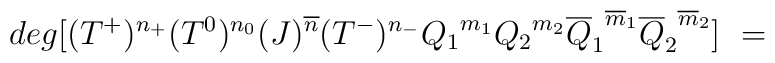
deg [(T^+)^{n_+} (T^0)^{n_0}(J)^{\overline{n}}(T^-)^{n_-}{Q_1}^{m_1}{Q_2}^{m_2}{\overline{Q}_1}^{\overline{m}_1}{\overline{Q}_2}^ {\overline{m}_2} ] \  =